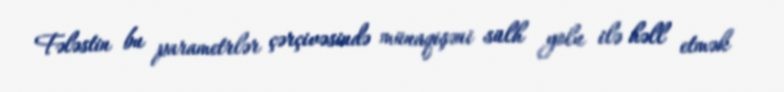
Fələstin bu parametrlər çərçivəsində münaqişəni sülh yolu ilə həll etmək